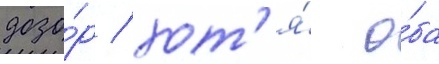
дозо́р / хот'я́ о́ба